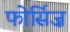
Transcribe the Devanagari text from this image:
फोर्सिज़